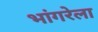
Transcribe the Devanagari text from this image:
भांगरेला